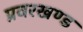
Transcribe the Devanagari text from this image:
प्रवरखण्ड